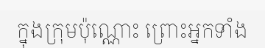
ក្នុងក្រុមប៉ុណ្ណោះ ព្រោះអ្នកទាំង